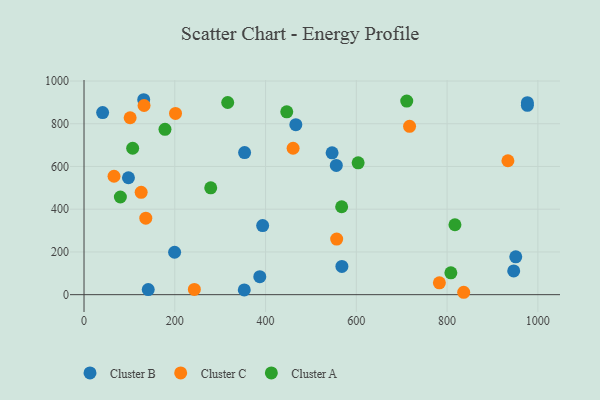
{"axis": {"x": "Distance", "y": "Demand"}, "legend": ["Cluster A", "Cluster B", "Cluster C"], "data": [{"x": "546.6", "y": 663.9, "type": "Cluster B"}, {"x": "976.9", "y": 886.0, "type": "Cluster B"}, {"x": "387.3", "y": 84.4, "type": "Cluster B"}, {"x": "951.3", "y": 177.2, "type": "Cluster B"}, {"x": "946.8", "y": 111.3, "type": "Cluster B"}, {"x": "131.5", "y": 912.4, "type": "Cluster B"}, {"x": "353.1", "y": 22.0, "type": "Cluster B"}, {"x": "555.9", "y": 605.0, "type": "Cluster B"}, {"x": "199.6", "y": 198.6, "type": "Cluster B"}, {"x": "141.5", "y": 23.8, "type": "Cluster B"}, {"x": "466.7", "y": 795.4, "type": "Cluster B"}, {"x": "393.6", "y": 323.3, "type": "Cluster B"}, {"x": "568.2", "y": 132.1, "type": "Cluster B"}, {"x": "353.8", "y": 665.0, "type": "Cluster B"}, {"x": "976.9", "y": 898.6, "type": "Cluster B"}, {"x": "41.0", "y": 852.4, "type": "Cluster B"}, {"x": "97.9", "y": 547.1, "type": "Cluster B"}, {"x": "201.6", "y": 848.3, "type": "Cluster C"}, {"x": "132.3", "y": 885.4, "type": "Cluster C"}, {"x": "717.3", "y": 788.0, "type": "Cluster C"}, {"x": "125.9", "y": 479.2, "type": "Cluster C"}, {"x": "136.1", "y": 358.0, "type": "Cluster C"}, {"x": "101.6", "y": 828.1, "type": "Cluster C"}, {"x": "243.1", "y": 24.7, "type": "Cluster C"}, {"x": "934.0", "y": 626.8, "type": "Cluster C"}, {"x": "556.7", "y": 260.0, "type": "Cluster C"}, {"x": "66.1", "y": 554.3, "type": "Cluster C"}, {"x": "836.6", "y": 11.2, "type": "Cluster C"}, {"x": "460.7", "y": 685.2, "type": "Cluster C"}, {"x": "783.0", "y": 55.5, "type": "Cluster C"}, {"x": "80.1", "y": 457.2, "type": "Cluster A"}, {"x": "316.6", "y": 899.5, "type": "Cluster A"}, {"x": "107.2", "y": 685.2, "type": "Cluster A"}, {"x": "567.7", "y": 411.4, "type": "Cluster A"}, {"x": "604.0", "y": 617.3, "type": "Cluster A"}, {"x": "279.2", "y": 500.1, "type": "Cluster A"}, {"x": "817.3", "y": 327.2, "type": "Cluster A"}, {"x": "446.7", "y": 855.8, "type": "Cluster A"}, {"x": "178.4", "y": 774.0, "type": "Cluster A"}, {"x": "711.1", "y": 906.0, "type": "Cluster A"}, {"x": "808.3", "y": 102.2, "type": "Cluster A"}]}